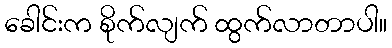
ခေါင်းက စိုက်လျက် ထွက်လာတာပါ။